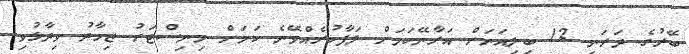
ބޭރުގެ ދަރަނި 12 ބިލިއަނަށް އަރާނޭކަމަށް ލަފާކުރެއްވޭނެ ކަމަށް މިނިސްޓަރު ޖިހާދު ވިދާޅުވި